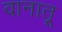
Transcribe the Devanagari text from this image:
वानातू